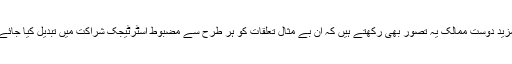
مزید دوست ممالک یہ تصور بھی رکھتے ہیں کہ ان بے مثال تعلقات کو ہر طرح سے مضبوط اسٹرٹیجک شراکت میں تبدیل کیا جائے۔